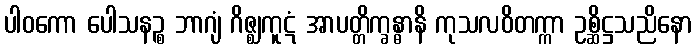
ပါဝကော ပေါသနဉ္စ ဘာဂျံ ဂိဇ္ဈကူဋံ အာပတ္တိက္ခန္ဓာနိ ကုသလဝိတက္ကာ ဥစ္ဆိဋ္ဌသညိနော